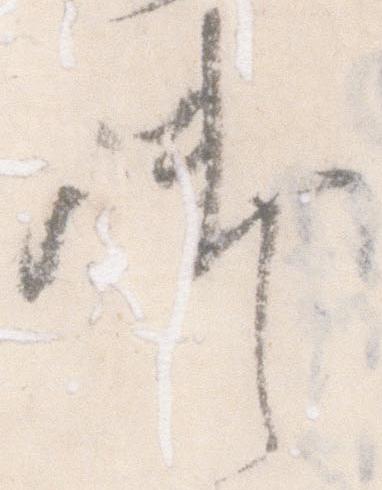
御